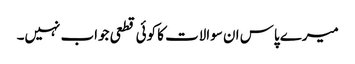
میرے پاس ان سوالات کا کوئی قطعی جواب نہیں۔